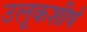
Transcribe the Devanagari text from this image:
उलूकशीर्ष